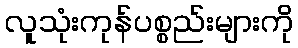
လူသုံးကုန်ပစ္စည်းများကို